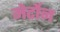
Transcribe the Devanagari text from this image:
मेर्टोन